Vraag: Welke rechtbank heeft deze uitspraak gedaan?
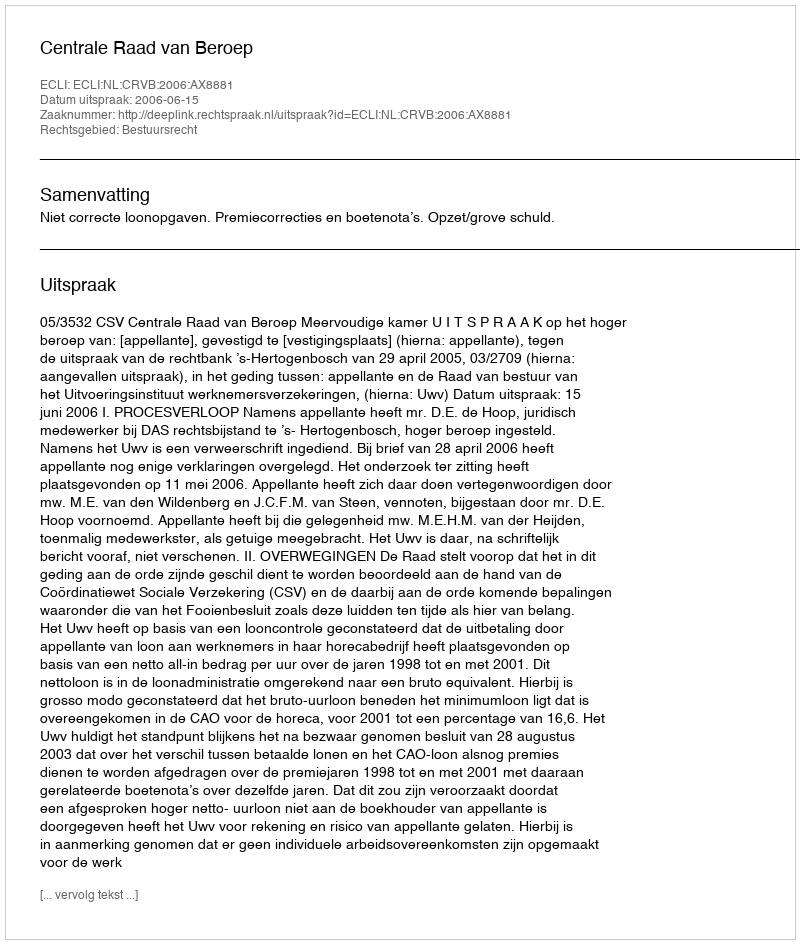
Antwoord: Centrale Raad van Beroep